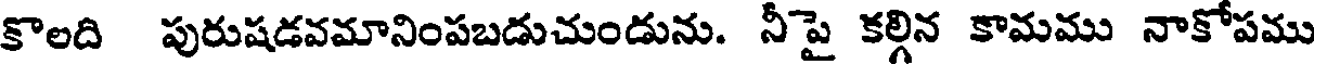
కొలది పురుషడవమానింపబడుచుండును. నీపై కల్గిన కామము నాకోపము